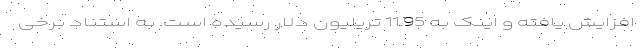
افزایش یافته و اینک به 11.95 تریلیون دلار رسیده است. به استناد برخی